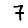
Digit: 7